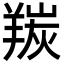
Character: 羰